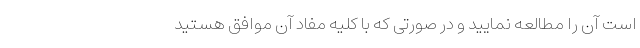
است آن را مطالعه نمایید و در صورتی که با کلیه مفاد آن موافق هستید